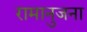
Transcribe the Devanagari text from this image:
रामानुजना